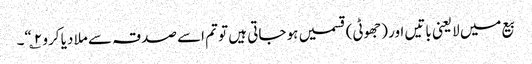
بیع میں لایعنی باتیں اور (جھوٹی) قسمیں ہو جاتی ہیں تو تم اسے صدقہ سے ملا دیا کرو ۲؎“۔